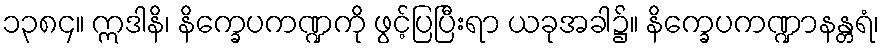
၁၃၈၄။ ဣဒါနိ၊ နိက္ခေပကဏ္ဍကို ဖွင့်ပြပြီးရာ ယခုအခါ၌။ နိက္ခေပကဏ္ဍာနန္တရံ၊